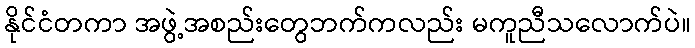
နိုင်ငံတကာ အဖွဲ့အစည်းတွေဘက်ကလည်း မကူညီသလောက်ပဲ။